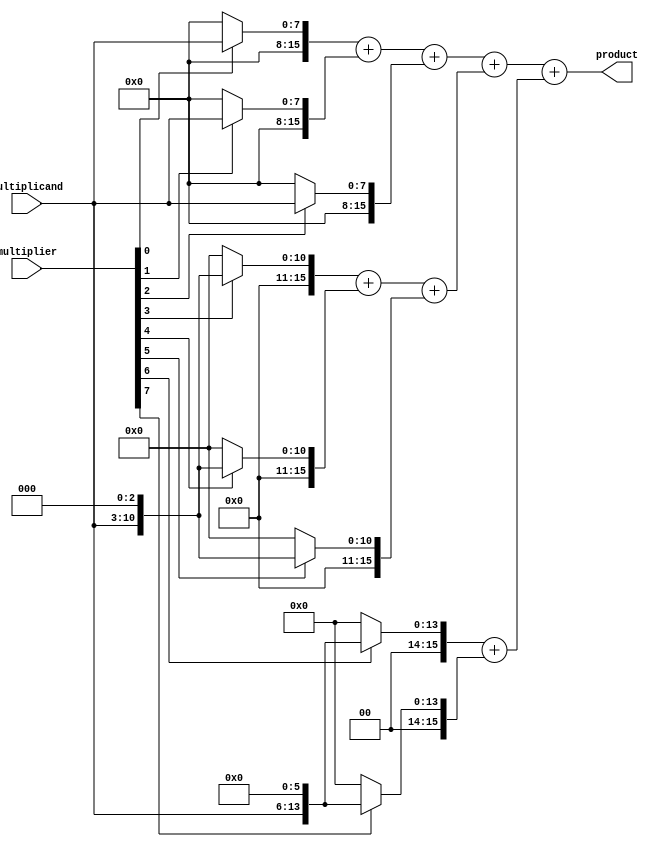
module higher_radix_wallace_tree_multiplier (
    input [7:0] multiplicand, // 8-bit multiplicand
    input [7:0] multiplier,    // 8-bit multiplier
    output reg [15:0] product   // 16-bit product
);

    // Internal signals for partial products
    wire [15:0] pp[0:7]; // Partial products for Radix-8
    wire [15:0] pp_sum[0:3]; // Sum of partial products
    wire [15:0] final_sum;

    // Partial Product Generation for Radix-8
    generate
        genvar i;
        for (i = 0; i < 8; i = i + 1) begin: pp_gen
            assign pp[i] = (multiplier[i] ? (multiplicand << (i/3) * 3) : 16'b0); // Shift multiplicand based on radix
        end
    endgenerate

    // Reduction Tree Structure
    // Stage 1: Initial reduction using full adders and half adders
    assign pp_sum[0] = pp[0] + pp[1] + pp[2]; // First three partial products
    assign pp_sum[1] = pp[3] + pp[4] + pp[5]; // Next three
    assign pp_sum[2] = pp[6] + pp[7]; // Last two

    // Stage 2: Combine sums
    assign pp_sum[3] = pp_sum[0] + pp_sum[1];

    // Final Sum
    assign final_sum = pp_sum[3] + pp_sum[2];

    // Assigning final product
    always @(*) begin
        product = final_sum;
    end

endmodule